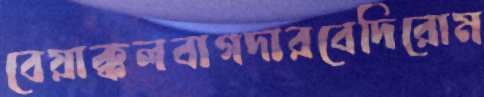
বেয়াক্কলবাগদারবেদিরোম